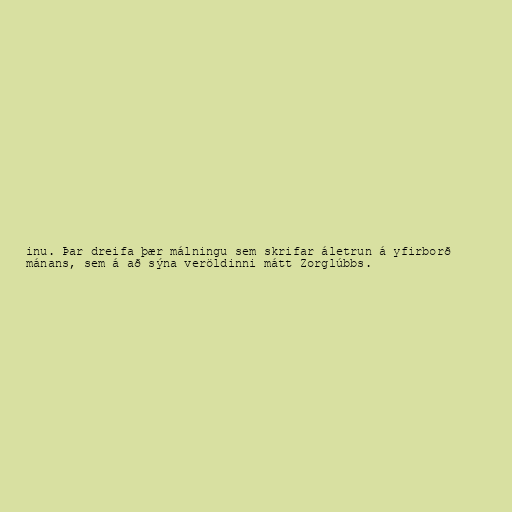
inu. Þar dreifa þær málningu sem skrifar áletrun á yfirborð
mánans, sem á að sýna veröldinni mátt Zorglúbbs.